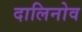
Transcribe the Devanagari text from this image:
दालिनोव